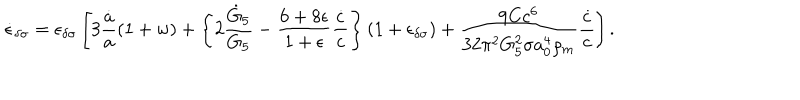
\dot { \epsilon } _ { \delta \sigma } = \epsilon _ { \delta \sigma } \left[ 3 { \frac { \dot { a } } { a } } ( 1 + w ) + \left\{ 2 { \frac { \dot { G } _ { 5 } } { G _ { 5 } } } - { \frac { 6 + 8 \epsilon } { 1 + \epsilon } } { \frac { \dot { c } } { c } } \right\} ( 1 + \epsilon _ { \delta \sigma } ) + { \frac { 9 C c ^ { 6 } } { 3 2 \pi ^ { 2 } G _ { 5 } ^ { 2 } \sigma a _ { 0 } ^ { 4 } \varrho _ { m } } } { \frac { \dot { c } } { c } } \right] .